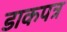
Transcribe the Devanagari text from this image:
डाकपत्र